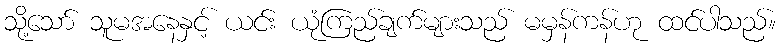
သို့သော် သူမအနေနှင့် ယင်း ယုံကြည်ချက်များသည် မမှန်ကန်ဟု ထင်ပါသည်။